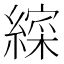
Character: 𮉁